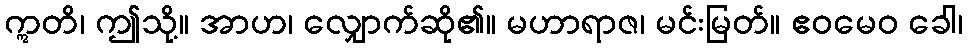
ဣတိ၊ ဤသို့။ အာဟ၊ လျှောက်ဆို၏။ မဟာရာဇ၊ မင်းမြတ်။ ဧဝမေဝ ခေါ၊